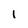
Character: 1